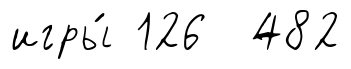
игры́ 126 482